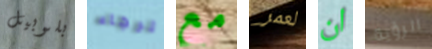
بلوبيل الرجاء مع لعمر ان الرؤية